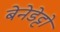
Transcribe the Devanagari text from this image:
बेनेडेट्टो